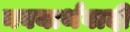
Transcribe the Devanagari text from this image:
नवयार्थवादी